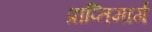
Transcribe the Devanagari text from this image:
प्राप्तिमार्ग